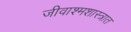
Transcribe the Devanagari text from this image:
जीवाश्मशास्त्रात